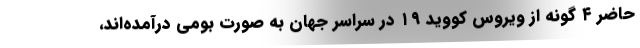
حاضر ۴ گونه از ویروس کووید ۱۹ در سراسر جهان به صورت بومی درآمده‌اند،